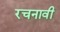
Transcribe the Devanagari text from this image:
रचनावी